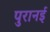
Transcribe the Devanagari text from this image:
पुरानई